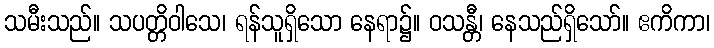
သမီးသည်။ သပတ္တိဝါသေ၊ ရန်သူရှိသော နေရာ၌။ ဝသန္တီ၊ နေသည်ရှိသော်။ ဧကိကာ၊